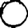
Digit: 0